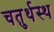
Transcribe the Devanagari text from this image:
चतुर्थस्थ